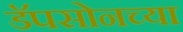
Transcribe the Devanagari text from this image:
डॅपसोनच्या